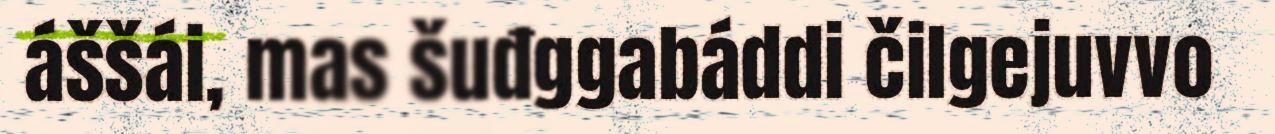
áššái, mas šuđggabáddi čilgejuvvo